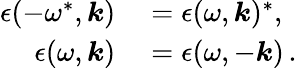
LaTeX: \begin{array}{rl}{\epsilon(-\omega^{*},\boldsymbol{k})}&{{}=\epsilon(\omega,\boldsymbol{k})^{*},}\\ {\epsilon(\omega,\boldsymbol{k})}&{{}=\epsilon(\omega,-\boldsymbol{k})\, .}\end{array}